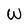
Character: W